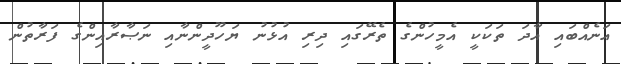
އަނެއްބައި އާދަ ތަކަކީ އެމީހުންގެ ތެރޭގައި ދިރި އުޅުނު ޔަހޫދީންނާއި ނަޞާރާއިންގެ ފަރާތުން